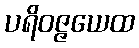
ပရိဝဇ္ဇယေထ